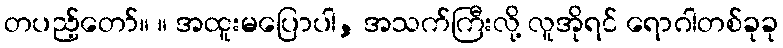
တပည့်တော်။ ။ အထူးမပြောပါ, အသက်ကြီးလို့ လူအိုရင် ရောဂါတစ်ခုခု